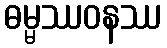
ဓမ္မဿဝနဿ